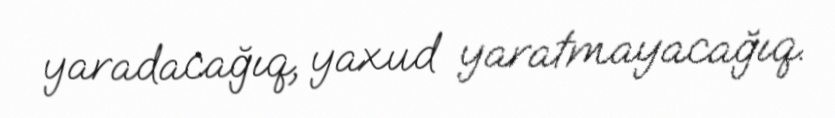
yaradacağıq, yaxud yaratmayacağıq.